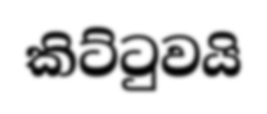
කිට්ටුවයි